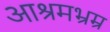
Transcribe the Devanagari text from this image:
आश्रमभ्रम्र